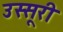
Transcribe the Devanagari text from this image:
उस्सूरी